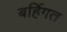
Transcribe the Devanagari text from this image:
बर्हिगत